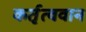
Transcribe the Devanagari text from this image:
कर्तृत्‍ववान